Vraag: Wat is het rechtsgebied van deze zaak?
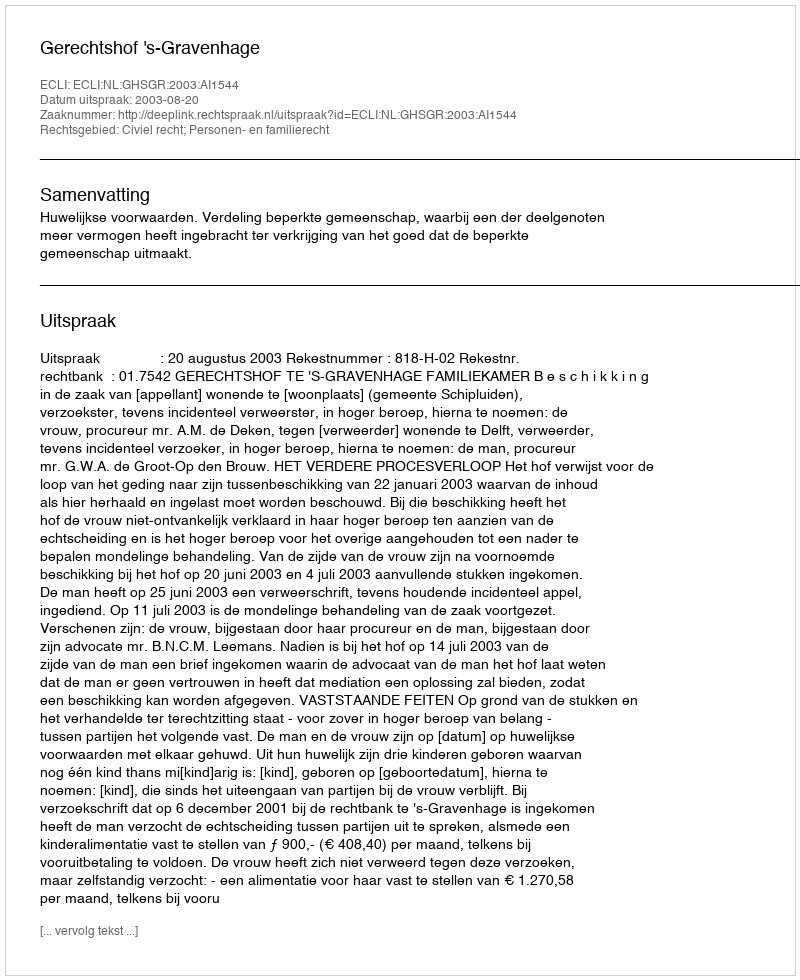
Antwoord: Civiel recht; Personen- en familierecht